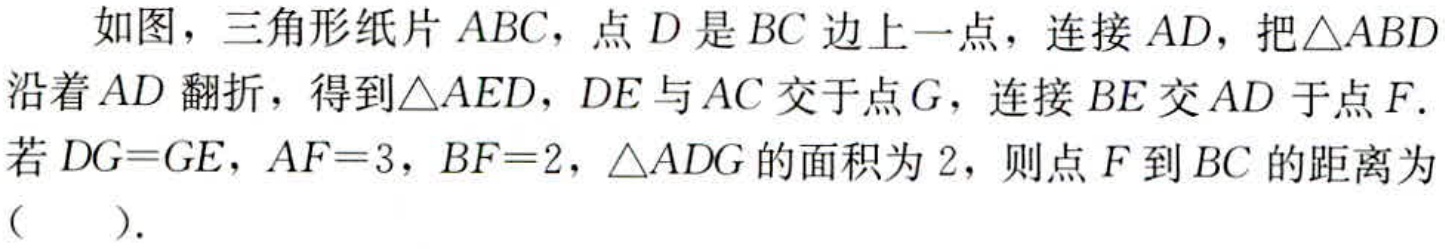
如图，三角形纸片 \(ABC\)，点 \(D\) 是 \(BC\) 边上一点，连接 \(AD\)，把\(\triangle ABD\)沿着 \(AD\) 翻折，得到\(\triangle AED\)，\(DE\) 与 \(AC\) 交于点 \(G\)，连接 \(BE\) 交 \(AD\) 于点 \(F\).若 \(DG = GE\)，\(AF = 3\)，\(BF = 2\)，\(\triangle ADG\) 的面积为 \(2\)，则点 \(F\) 到 \(BC\) 的距离为（  ）.